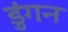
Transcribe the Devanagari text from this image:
डुंगन